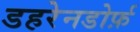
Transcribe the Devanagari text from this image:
डहरेनडोर्फ़